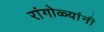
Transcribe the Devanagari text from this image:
रांगोळ्यांनी